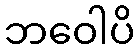
ဘဝေါပိ